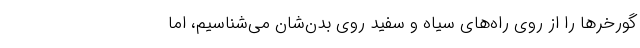
گورخر‌ها را از روی راه‌های سیاه و سفید روی بدن‌شان می‌شناسیم، اما